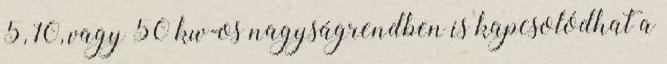
5, 10, vagy 50 kw-os nagyságrendben is kapcsolódhat a